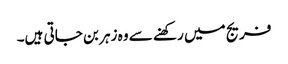
فریج میں رکھنے سے وہ زہر بن جاتی ہیں۔